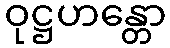
ဝုဋ္ဌဟန္တော